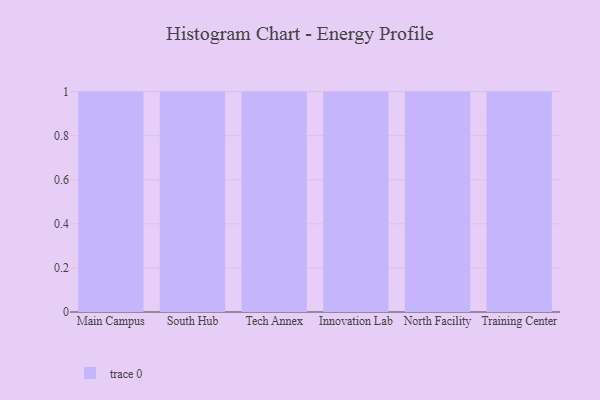
{"axis": {"x": "Campus", "y": "Customer Acquisition Cost (USD)"}, "legend": [""], "data": [{"x": "Main Campus", "y": 81, "type": ""}, {"x": "South Hub", "y": 30, "type": ""}, {"x": "Tech Annex", "y": 56, "type": ""}, {"x": "Innovation Lab", "y": 8, "type": ""}, {"x": "North Facility", "y": 75, "type": ""}, {"x": "Training Center", "y": 16, "type": ""}]}